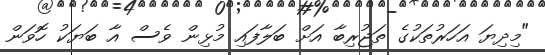
"މިދިޔަ އަހަރުތަކުގެ ތަޖުރިބާ އަށް ބަލާފައި މުޅިން ވެސް އާ ބަޔަކު ހޮވަން